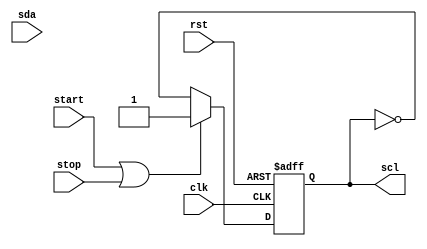
module I2C_Controller(
    input wire clk,  // clock signal
    input wire rst,  // reset signal
    input wire start,  // start signal
    input wire stop,  // stop signal
    input wire sda,  // serial data line
    output reg scl  // serial clock line
);

// Timing control logic
always @(posedge clk or posedge rst) begin
    if (rst) begin
        scl <= 1'b0;  // reset SCL signal
    end else begin
        if (start || stop) begin
            scl <= 1'b1;  // set SCL signal high for start and stop conditions
        end else begin
            scl <= ~scl;  // toggle SCL signal for data transfer
        end
    end
end

// Synchronization blocks
reg [7:0] data_in;
reg [7:0] data_out;

always @(posedge clk) begin
    if (start) begin
        data_in <= 8'h00;  // reset input data on start condition
    end else begin
        data_in <= {data_in[6:0], sda};  // shift in data from SDA line
    end
    
    if (stop) begin
        // process received data on stop condition
        // implement error checking mechanisms here
        data_out <= data_in;
    end
end

endmodule